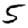
Digit: 5